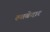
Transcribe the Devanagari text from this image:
रुतबेदार